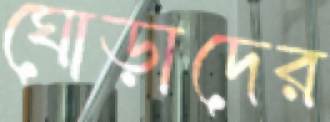
ঘোড়াদের